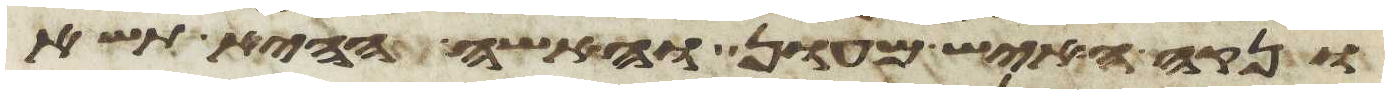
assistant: ונקה האיש מעון והאשה ההיא תשא